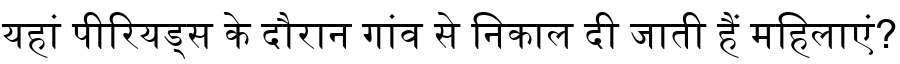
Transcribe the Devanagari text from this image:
यहां पीरियड्स के दौरान गांव से निकाल दी जाती हैं महिलाएं?